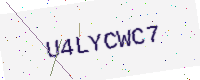
Text: U4LYCWC7